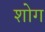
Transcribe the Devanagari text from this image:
शोग